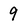
Character: 9